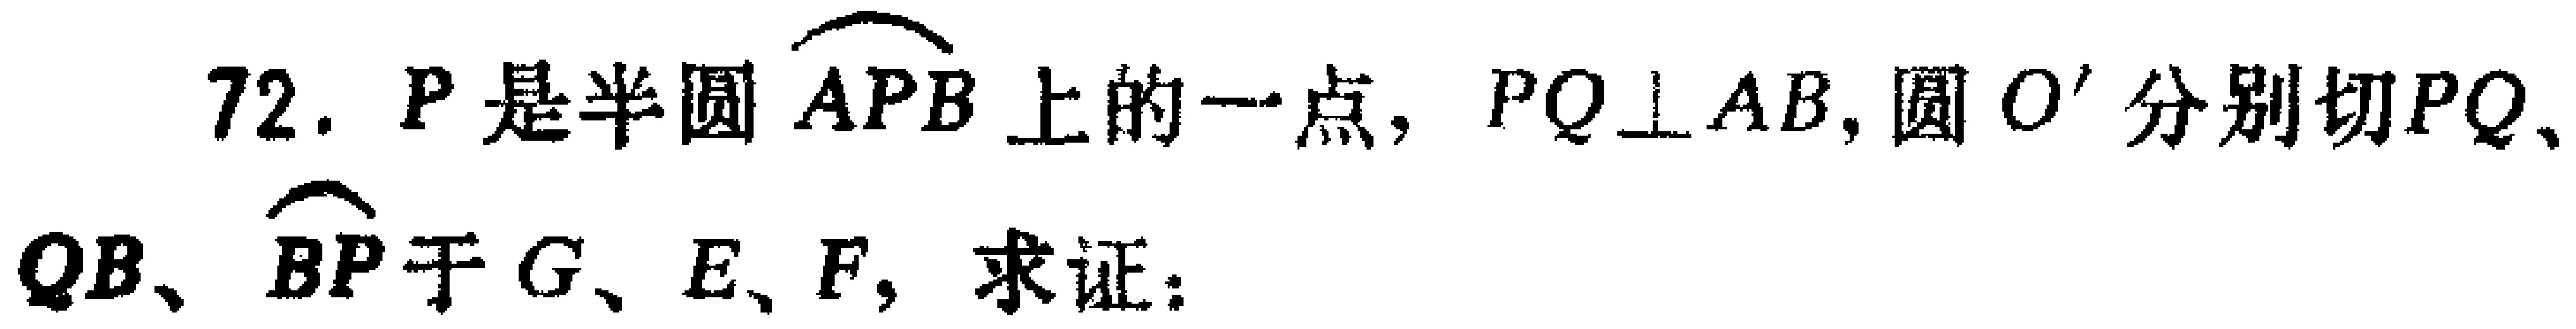
72. \(P\)是半圆\(\overset{\frown}{APB}\)上的一点，\(PQ\perp AB\)，圆\(O'\)分别切\(PQ\)、\(QB\)、\(\overset{\frown}{BP}\)于\(G\)、\(E\)、\(F\)，求证：